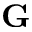
\bf G